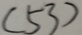
( 5 3 )